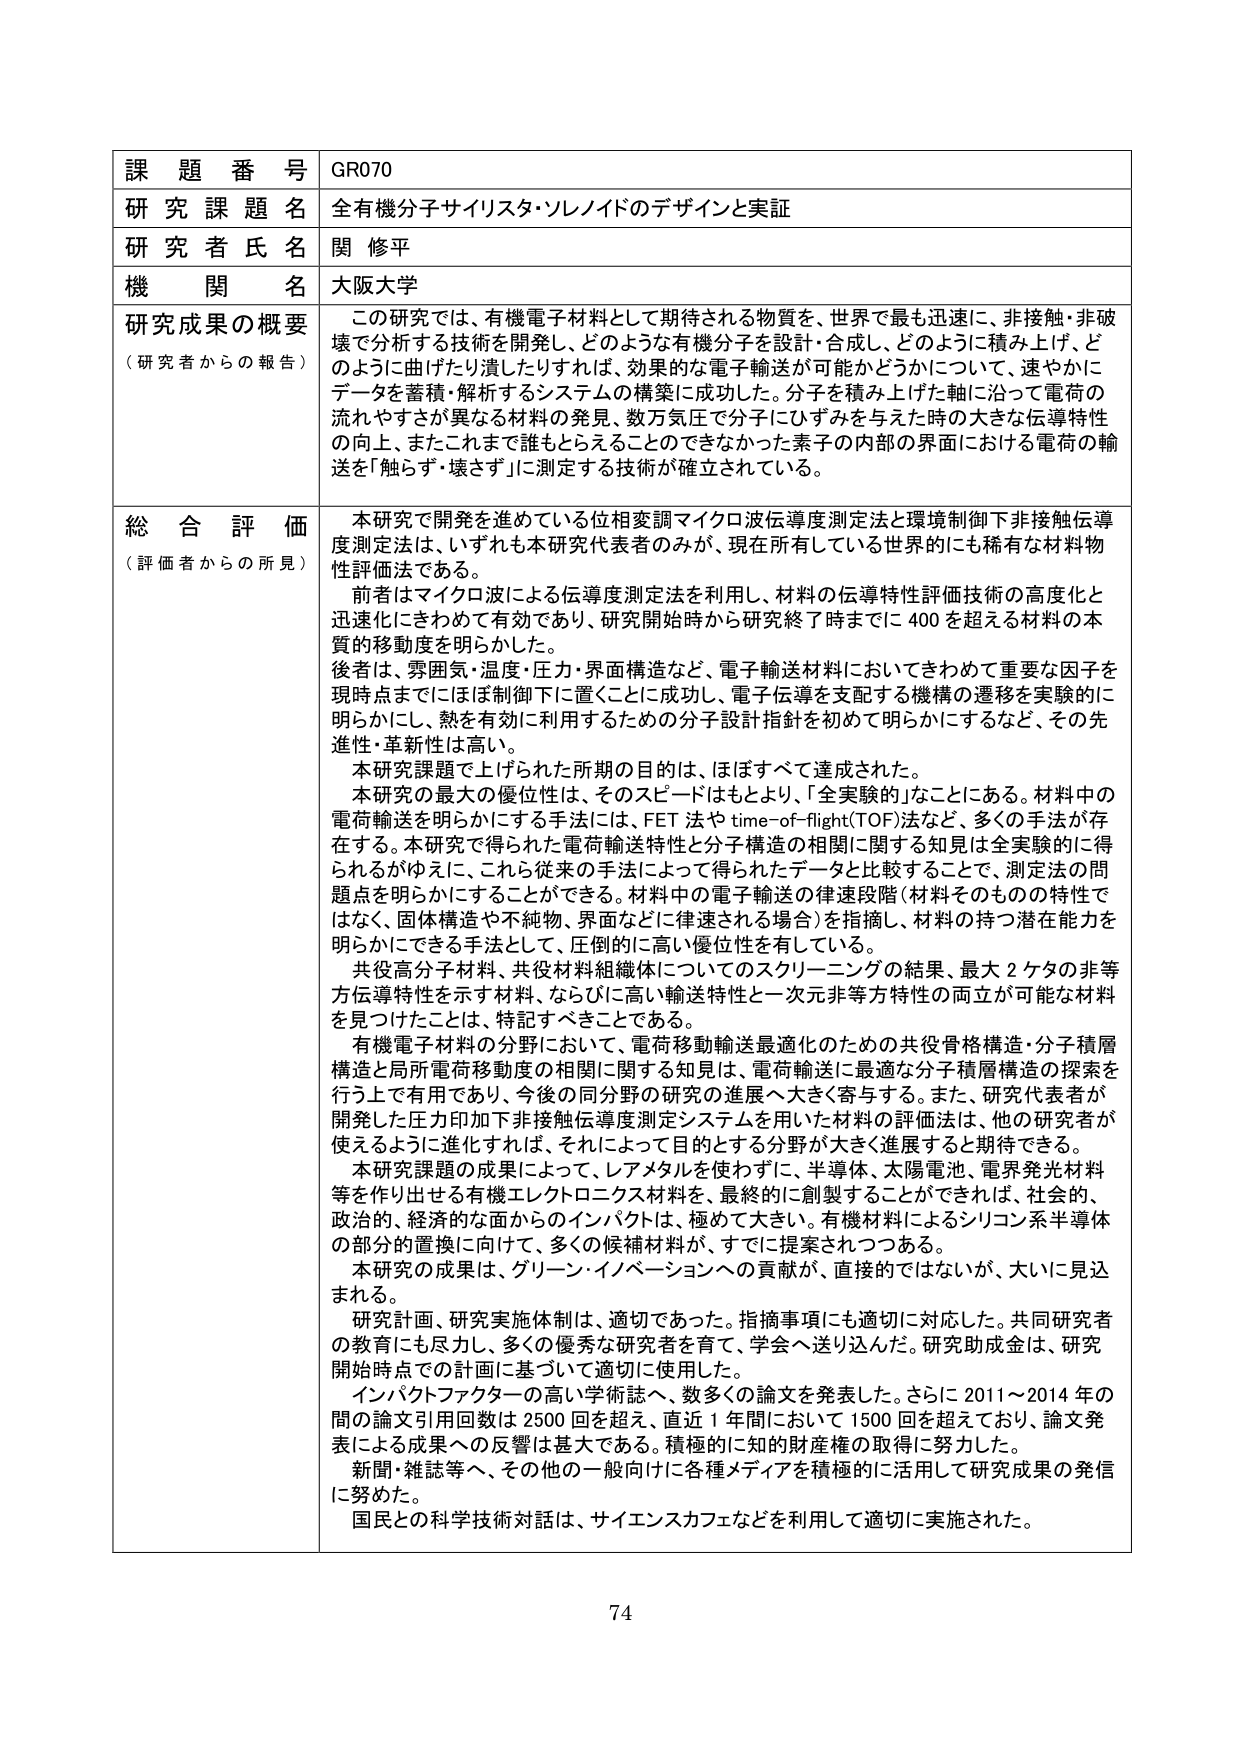
課題番号 GR070
研究課題名 全有機分子サイリスタ・ソレノイドのデザインと実証
研究者氏名 関 修平
機関名 大阪大学

研究成果の概要
（研究者からの報告）
この研究では、有機電子材料として期待される物質を、世界で最も迅速に、非接触・非破壊で分析する技術を開発し、どのような有機分子を設計・合成し、どのように積み上げ、どのように曲げたり潰したりすれば、効果的な電子輸送が可能かどうかについて、速やかにデータを蓄積・解析するシステムの構築に成功した。分子を積み上げた軸に沿って電荷の流れやすさが異なる材料の発見、数万気圧で分子にひずみを与えた時の大きな伝導特性の向上、またこれまで誰もとらえることのできなかった素子の内部の界面における電荷の輸送を「触らず・壊さず」に測定する技術が確立されている。

総合評価
（評価者からの所見）
本研究で開発を進めている位相変調マイクロ波伝導度測定法と環境制御下非接触伝導度測定法は、いずれも本研究代表者のみが、現在所有している世界的にも稀有な材料物性評価法である。
前者はマイクロ波による伝導度測定法を利用し、材料の伝導特性評価技術の高度化と迅速化にきわめて有効であり、研究開始時から研究終了時までに400を超える材料の本質的移動度を明らかにした。
後者は、雰囲気・温度・圧力・界面構造など、電子輸送材料においてきわめて重要な因子を現時点までにはば制御下に置くことに成功し、電子伝導を支配する機構の遷移を実験的に明らかにし、熱を有効に利用するための分子設計指針を初めて明らかにするなど、その先進性・革新性は高い。
本研究課題で上げられた所期の目的は、ほぼすべて達成された。
本研究の最大の優位性は、そのスピードはもとより、「全実験的」ことにある。材料中の電荷輸送を明らかにする手法には、FET法やtime-of-flight(TOF)法など、多くの手法が存在する。本研究で得られた電荷輸送特性と分子構造の相関に関する知見は全実験的に得られるがゆえに、これら従来の手法によって得られたデータと比較することで、測定法の問題点を明らかにすることができる。材料中の電子輸送の律速段階（材料そのものの特性ではなく、固体構造や不純物、界面などに律速される場合）を指摘し、材料の持つ潜在能力を明らかにできる手法として、圧倒的に高い優位性を有している。
共役高分子材料、共役材料組織体についてのスクリーニングの結果、最大2ケタの非等方伝導特性を示す材料、ならびに高い輸送特性と一次元非等方特性の両立が可能な材料を見つけたことは、特記すべきことである。
有機電子材料の分野において、電荷移動輸送最適化のための共役骨格構造・分子積層構造と局所電荷移動度の相関に関する知見は、電荷輸送に最適な分子積層構造の探索を行う上で有用であり、今後の同分野の研究の進展へ大きく寄与する。また、研究代表者が開発した圧力印加下非接触伝導度測定システムを用いた材料の評価法は、他の研究者が使えるように進化すれば、それによって目的とする分野が大きく進展すると期待できる。
本研究課題の成果によって、レアメタルを使わずに、半導体、太陽電池、電界発光材料等を作り出せる有機エレクトロニクス材料を、最終的に創製することができれば、社会的、政治的、経済的面からのインパクトは、極めて大きい。有機材料によるシリコン系半導体の部分的置換に向けて、多くの候補材料が、すでに提案されつつある。
本研究の成果は、グリーン・イノベーションへの貢献が、直接的ではないが、大いに見込まれる。
研究計画、研究実施体制は、適切であった。指摘事項にも適切に対応した。共同研究者の教育にも尽力し、多くの優秀な研究者を育て、学会へ送り込んだ。研究助成金は、研究開始時点での計画に基づいて適切に使用した。
インパクトファクターの高い学術誌へ、数多くの論文を発表した。さらに2011～2014年の間の論文引用回数は2500回を超え、直近1年間において1500回を超えており、論文発表による成果への反響は極めて大きい。積極的に知的財産権の取得に努力した。
新聞・雑誌等へ、その他的一般向けに各種メディアを積極的に活用して研究成果の発信に努めた。
国民との科学技術対話は、サイエンスカフェなどを利用して適切に実施された。

74